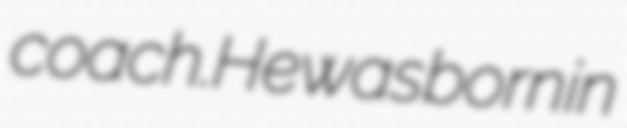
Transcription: coach.He was born in